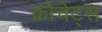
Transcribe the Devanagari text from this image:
क्रोचेट्स